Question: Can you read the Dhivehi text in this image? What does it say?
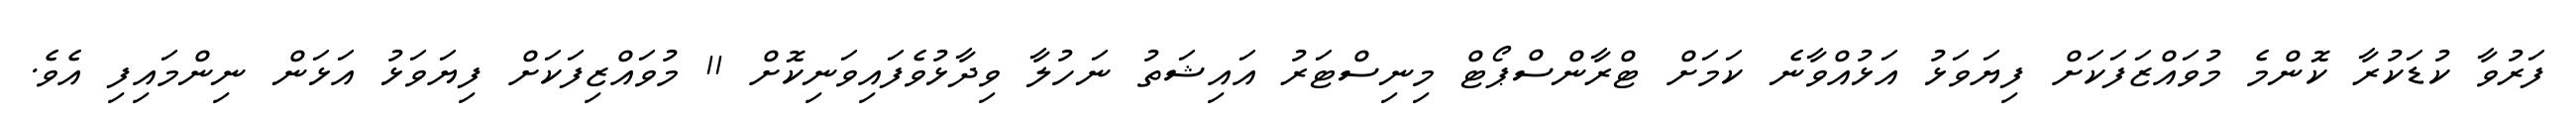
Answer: ފަރުވާ ކުޑަކުރާ ކޮންމެ މުވައްޒަފަކަށް ފިޔަވަޅު އަޅުއްވާނެ ކަމަށް ޓްރާންސްޕޯޓް މިނިސްޓަރު އައިޝަތު ނަހުލާ ވިދާޅުވެފައިވަނިކޮށް 11 މުވައްޒިފަކަށް ފިޔަވަޅު އަޅަން ނިންމައިފި އެވެ.